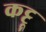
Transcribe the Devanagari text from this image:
कट्टू